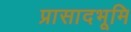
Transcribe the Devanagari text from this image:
प्रासादभूमि